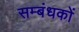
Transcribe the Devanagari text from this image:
सम्बंधकों